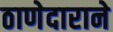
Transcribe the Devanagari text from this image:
ठाणेदाराने